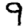
Digit: 9